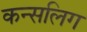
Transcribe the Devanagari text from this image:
कन्सलिग